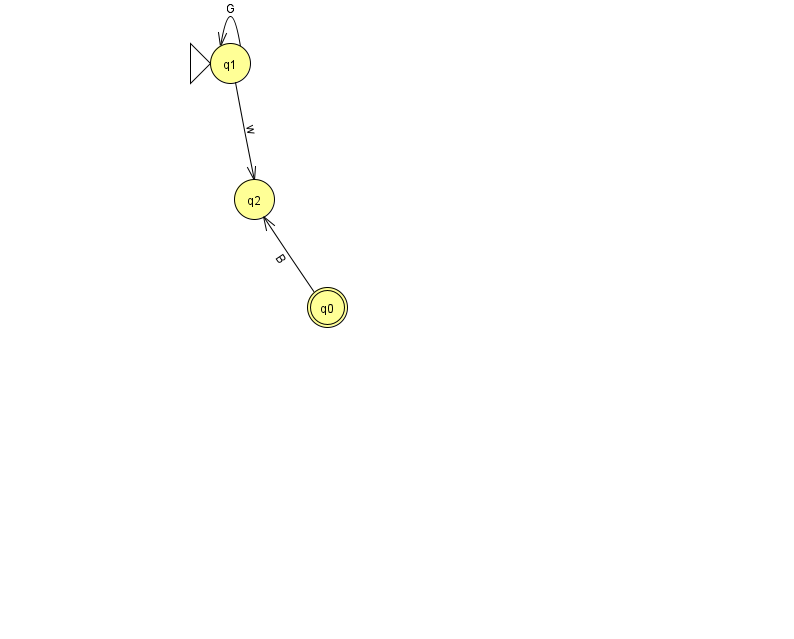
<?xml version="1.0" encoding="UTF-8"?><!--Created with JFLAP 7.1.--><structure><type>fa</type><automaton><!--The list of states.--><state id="0" name="q0"><x>327.0</x><y>294.0</y><final/></state><state id="1" name="q1"><x>230.0</x><y>50.0</y><initial/></state><state id="2" name="q2"><x>254.0</x><y>186.0</y></state><!--The list of transitions.--><transition><from>1</from><to>1</to><read>G</read></transition><transition><from>1</from><to>2</to><read>w</read></transition><transition><from>0</from><to>2</to><read>B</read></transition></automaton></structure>